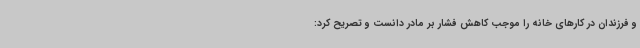
و فرزندان در کارهای خانه را موجب کاهش فشار بر مادر دانست و تصریح کرد: